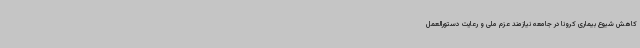
کاهش شیوع بیماری کرونا در جامعه نیازمند عزم ملی و رعایت دستورالعمل